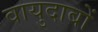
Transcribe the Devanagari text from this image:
वायुदाबों